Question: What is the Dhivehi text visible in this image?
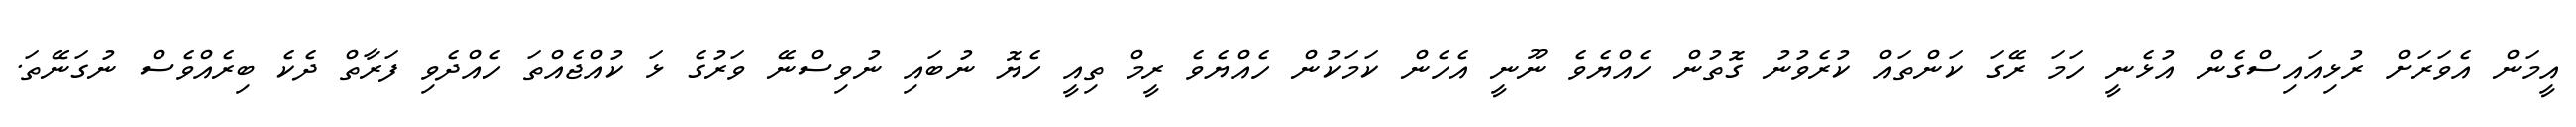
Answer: އީމަން އެވަރަށް ރުޅިއައިސްގެން އުޅެނީ ހަމަ ރޭގަ ކަންތައް ކުރެވުނު ގޮތުން ހެއްޔެވެ ނޫނީ އެހެން ކަމަކުން ހެއްޔެވެ ރީމް ތިއީ ހެޔޮ ނުބައި ނުވިސްނޭ ވަރުގެ ޅަ ކުއްޖެއްތަ ހެއްދެވި ފަރާތް ދެކެ ބިރެއްވެސް ނުގަނޭތަ.